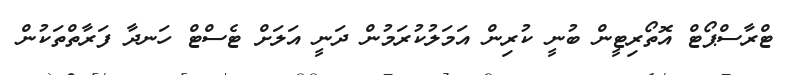
ޓްރާސްޕޯޓް އޮތޯރިޓީން ބުނީ ކުރިން އަމަލުކުރަމުން ދަނީ އަލަށް ޓެސްޓް ހަނދާ ފަރާތްތަކުން